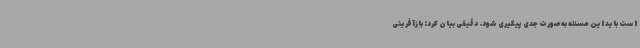
است باید این مسئله به‌صورت جدی پیگیری شود. دقیقی بیان کرد: بازآفرینی